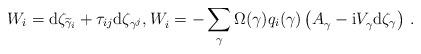
LaTeX: \begin{align*} W_i=\mathrm{d}\zeta_{\widetilde{\gamma}_i}+\tau_{ij}\mathrm{d}\zeta_{\gamma^j}, W_i^{}=-\sum_{\gamma}\Omega(\gamma)q_i(\gamma)\left(A_{\gamma}^{}-\mathrm{i}V_{\gamma}^{}\mathrm{d}\zeta_{\gamma}\right)\,.\end{align*}